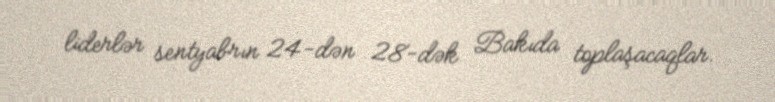
liderlər sentyabrın 24-dən 28-dək Bakıda toplaşacaqlar.